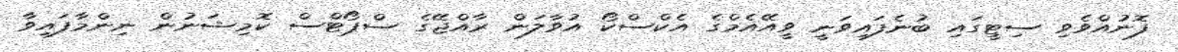
ފޮނުއްވެވި ސިޓީގައި ބުނެފައިވަނީ ވީއޭއެމްގެ އެކްސްކޯ އުވާލަން ރާއްޖޭގެ ސްޕޯޓްސް ކޮމިޝަނުން ނިންމާފައިވާ